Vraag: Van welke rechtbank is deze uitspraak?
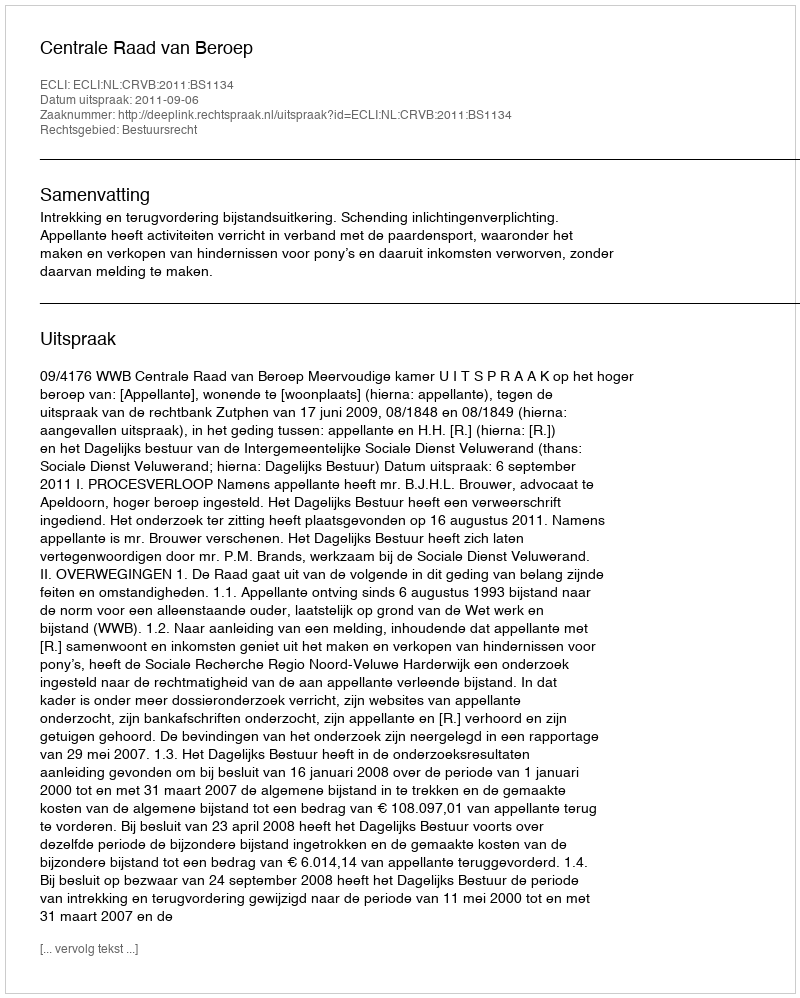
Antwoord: Centrale Raad van Beroep